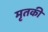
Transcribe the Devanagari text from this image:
मृतकी